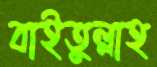
বাইতুল্লাহ